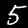
Digit: 5